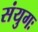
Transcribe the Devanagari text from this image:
संयुगः